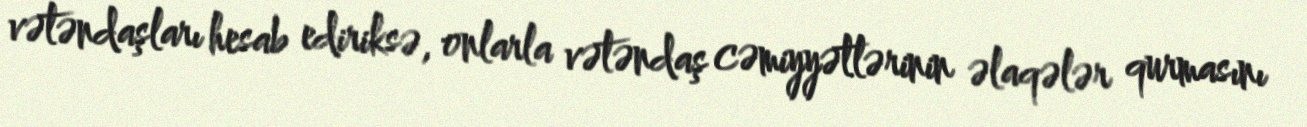
vətəndaşları hesab ediriksə, onlarla vətəndaş cəmiyyətlərinin əlaqələr qurmasını